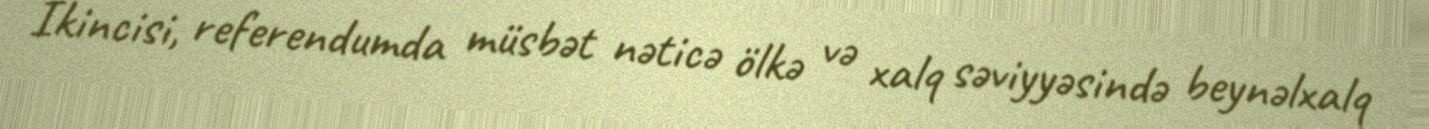
İkincisi, referendumda müsbət nəticə ölkə və xalq səviyyəsində beynəlxalq